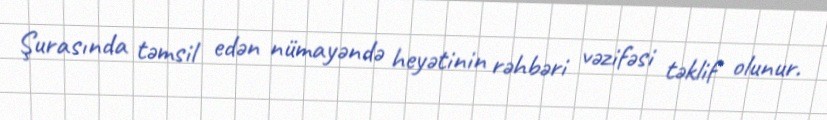
Şurasında təmsil edən nümayəndə heyətinin rəhbəri vəzifəsi təklif olunur.